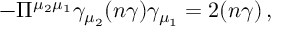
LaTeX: - \Pi ^ { \mu _ { 2 } \mu _ { 1 } } \gamma _ { \mu _ { 2 } } ( n \gamma ) \gamma _ { \mu _ { 1 } } = 2 ( n \gamma ) \, ,